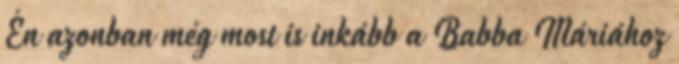
Én azonban még most is inkább a Babba Máriához